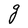
Character: g